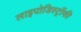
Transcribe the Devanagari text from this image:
लाइपोडिस्ट्रॉफी